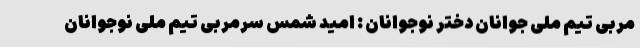
مربی تیم ملی جوانان دختر نوجوانان : امید شمس سرمربی تیم ملی نوجوانان